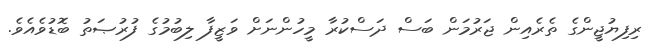
ރިފިޔުޖީންގެ ތެރެއިން ޖަރުމަން ބަސް ދަސްކުރާ މީހުންނަށް ވަޒީފާ ލިބުމުގެ ފުރުޞަތު ބޮޑުވެއެވެ.